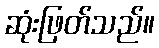
ဆုံးဖြတ်သည်။